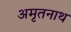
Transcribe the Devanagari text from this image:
अमृतनाथ